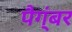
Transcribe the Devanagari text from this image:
पैग्ंबर